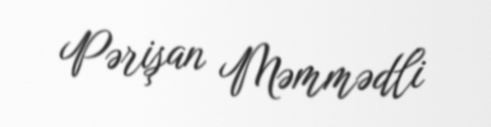
Pərişan Məmmədli